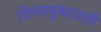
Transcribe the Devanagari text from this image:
विनयपुष्पावली